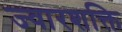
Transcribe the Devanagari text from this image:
ज्वारशक्ति